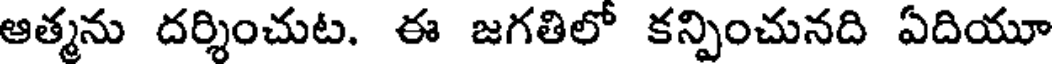
ఆత్మను దర్శించుట. ఈ జగతిలో కన్పించునది ఏదియూ